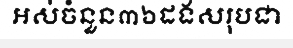
អស់ចំនួន៣៦ដងសរុបជា